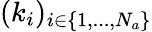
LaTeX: (k_{i})_{i\in\{ 1,...,N_{a}\} }